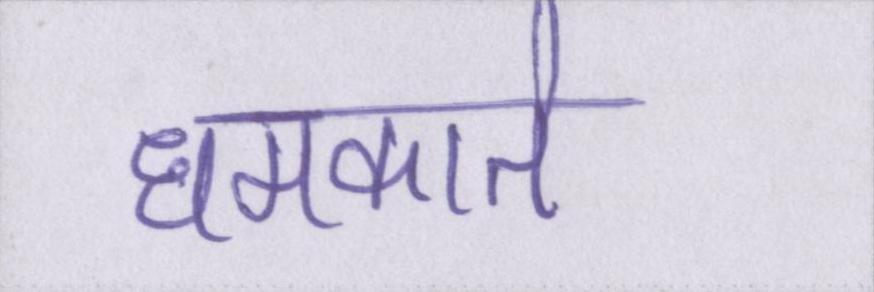
धमकाते